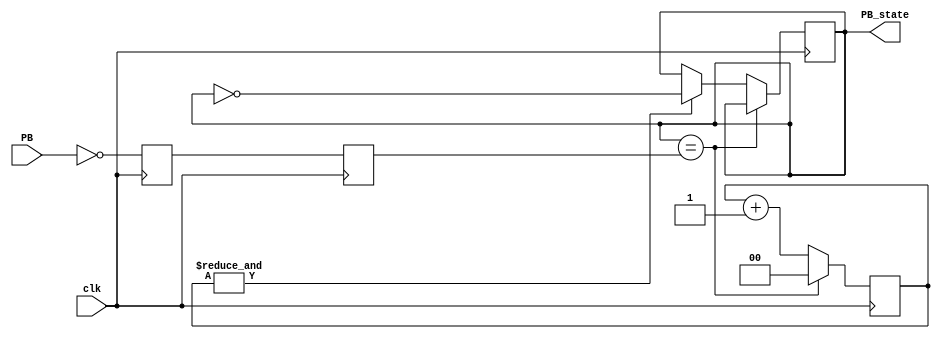
module Button_Debouncer(
	input 			clk,			// "clk" is the clock
	input 			PB,			// "PB" is the glitched, asynchronous, active low push-button signal
	output	reg	PB_state		// 1 while the push-button is active (down)
);

reg 		 PB_sync_0;
reg 		 PB_sync_1;  
reg [1:0] PB_cnt;					// declare a 2-bit counter

// use two flipflops to synchronize the PB signal the "clk" clock domain
always @(posedge clk) PB_sync_0 <= ~PB;  			// invert PB to make PB_sync_0 active high
always @(posedge clk) PB_sync_1 <= PB_sync_0;

// When the push-button is pushed or released, we increment the counter
// The counter has to be maxed out before we decide that the push-button state has changed

wire	PB_idle = (PB_state==PB_sync_1);
wire 	PB_cnt_max = &PB_cnt;				// true when all bits of PB_cnt are 1's

always @(posedge clk) begin
	if(PB_idle)  PB_cnt <= 2'd0;  // nothing's going on
	else begin
		PB_cnt <= PB_cnt + 2'd1;  // something's going on, increment the counter
		if(PB_cnt_max) PB_state <= ~PB_state;  // if the counter is maxed out, PB changed!
	end
end

// --------------------------------------------------------------------
endmodule